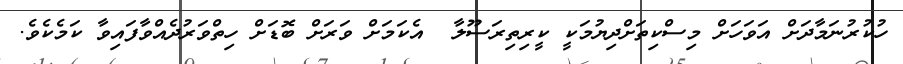
ހުކުރުނަމާދަށް އަވަހަށް މިސްކިތަށްދިޔުމަކީ ކީރިތިރަސޫލާ  އެކަމަށް ވަރަށް ބޮޑަށް ހިތްވަރުދެއްވާފައިވާ ކަމެކެވެ.